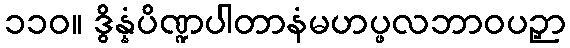
၁၁၀။ ဒွိန္နံပိဏ္ဍပါတာနံမဟပ္ဖလဘာဝပဉှာ